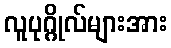
လူပုဂ္ဂိုလ်များအား